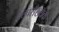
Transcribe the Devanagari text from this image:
अल्पसँख्यक